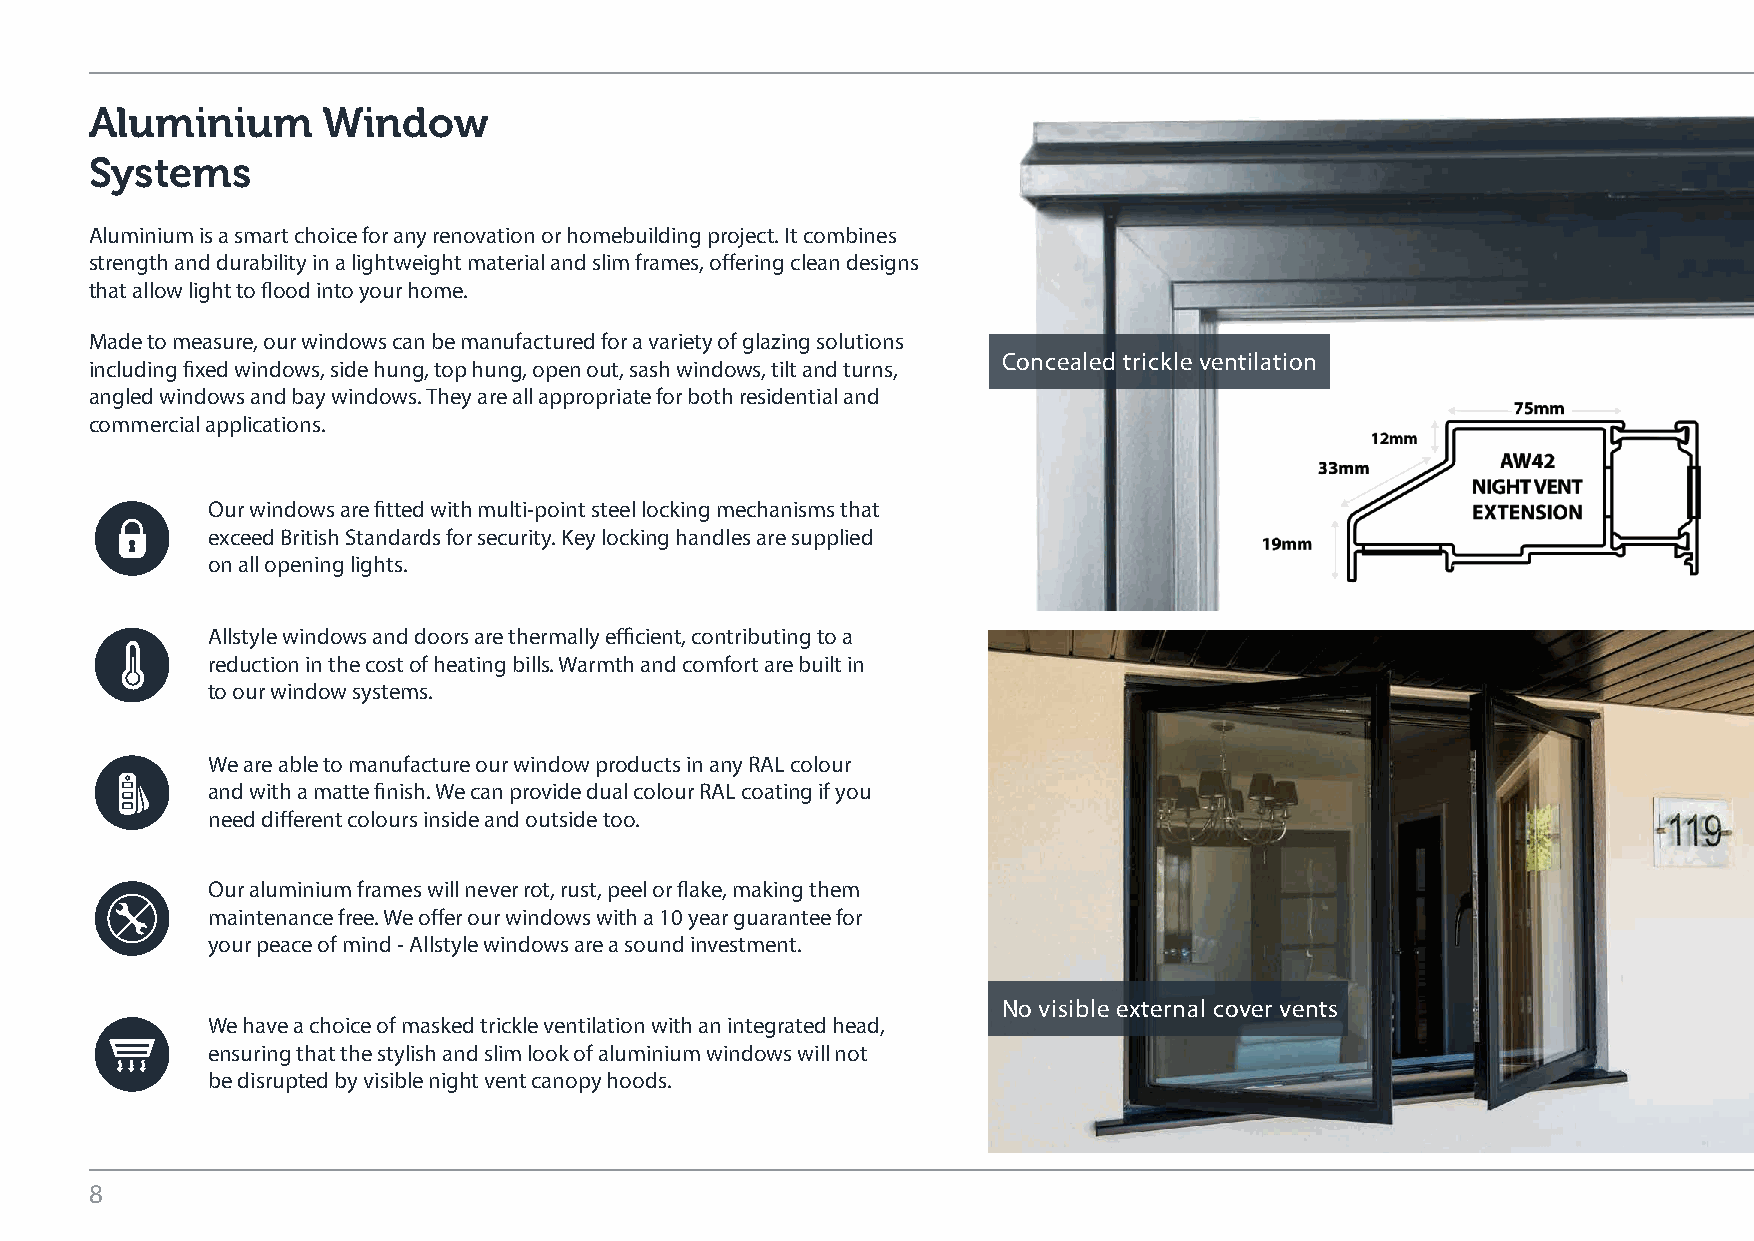
Aluminium      Window
 Systems
 Aluminium is a smart choice for any renovation or homebuilding project. It combines
 strength and durability in a lightweight material and slim frames, offering clean designs
 that allow light to flood into your home.
 Made to measure, our windows can be manufactured for a variety of glazing solutions
 Concealed trickle ventilation
 including fixed windows, side hung, top hung, open out, sash windows, tilt and turns,
 angled windows and bay windows. They are all appropriate for both residential and
 commercial applications.
 Our windows are fitted with multi-point steel locking mechanisms that
 exceed British Standards for security. Key locking handles are supplied
 on all opening lights.
 Allstyle windows and doors are thermally efficient, contributing to a
 reduction in the cost of heating bills. Warmth and comfort are built in
 to our window systems.
 We are able to manufacture our window products in any RAL colour
 and with a matte finish. We can provide dual colour RAL coating if you
 need different colours inside and outside too.
 Our aluminium frames will never rot, rust, peel or flake, making them
 maintenance free. We offer our windows with a 10 year guarantee for
 your peace of mind - Allstyle windows are a sound investment.
 No visible external cover vents
 We have a choice of masked trickle ventilation with an integrated head,
 ensuring that the stylish and slim look of aluminium windows will not
 be disrupted by visible night vent canopy hoods.
 8